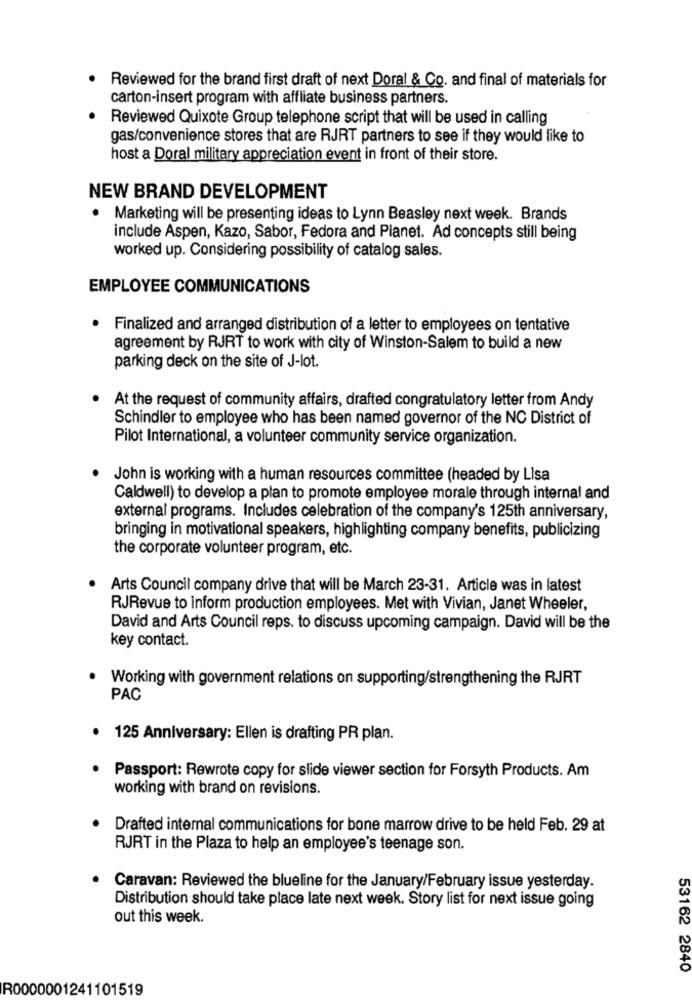
Reviewed for the brand first draft of next Doral & Co. and final of materials for
.
carton-insert program with affliate business partners.
Reviewed Quixote Group telephone script that will be used in calling
gas/convenience stores that are RJRT partners to see if they would like to
host a Doral military appreciation event in front of their store.
NEW BRAND DEVELOPMENT
· Marketing will be presenting ideas to Lynn Beasley next week. Brands
include Aspen, Kazo, Sabor, Fedora and Planet. Ad concepts still being
worked up. Considering possibility of catalog sales.
EMPLOYEE COMMUNICATIONS
Finalized and arranged distribution of a letter to employees on tentative
agreement by RJRT to work with city of Winston-Salem to build a new
parking deck on the site of J-lot.
At the request of community affairs, drafted congratulatory letter from Andy
Schindler to employee who has been named governor of the NC District of
Pilot International, a volunteer community service organization.
John is working with a human resources committee (headed by Lisa
Caldwell) to develop a plan to promote employee morale through internal and
external programs. Includes celebration of the company's 125th anniversary,
bringing in motivational speakers, highlighting company benefits, publicizing
the corporate volunteer program, etc.
Arts Council company drive that will be March 23-31. Article was in latest
RJRevue to inform production employees. Met with Vivian, Janet Wheeler,
David and Arts Council reps. to discuss upcoming campaign. David will be the
key contact.
Working with government relations on supporting/strengthening the RJRT
PAC
125 Anniversary: Ellen is drafting PR plan.
Passport: Rewrote copy for slide viewer section for Forsyth Products. Am
working with brand on revisions.
Drafted internal communications for bone marrow drive to be held Feb. 29 at
RJRT in the Plaza to help an employee's teenage son.
Caravan: Reviewed the blueline for the January/February issue yesterday.
Distribution should take place late next week. Story list for next issue going
out this week.
53162 2840
R0000001241101519